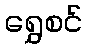
ရွှေစင်